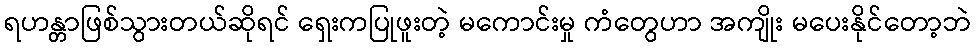
ရဟန္တာဖြစ်သွားတယ်ဆိုရင် ရှေးကပြုဖူးတဲ့ မကောင်းမှု ကံတွေဟာ အကျိုး မပေးနိုင်တော့ဘဲ